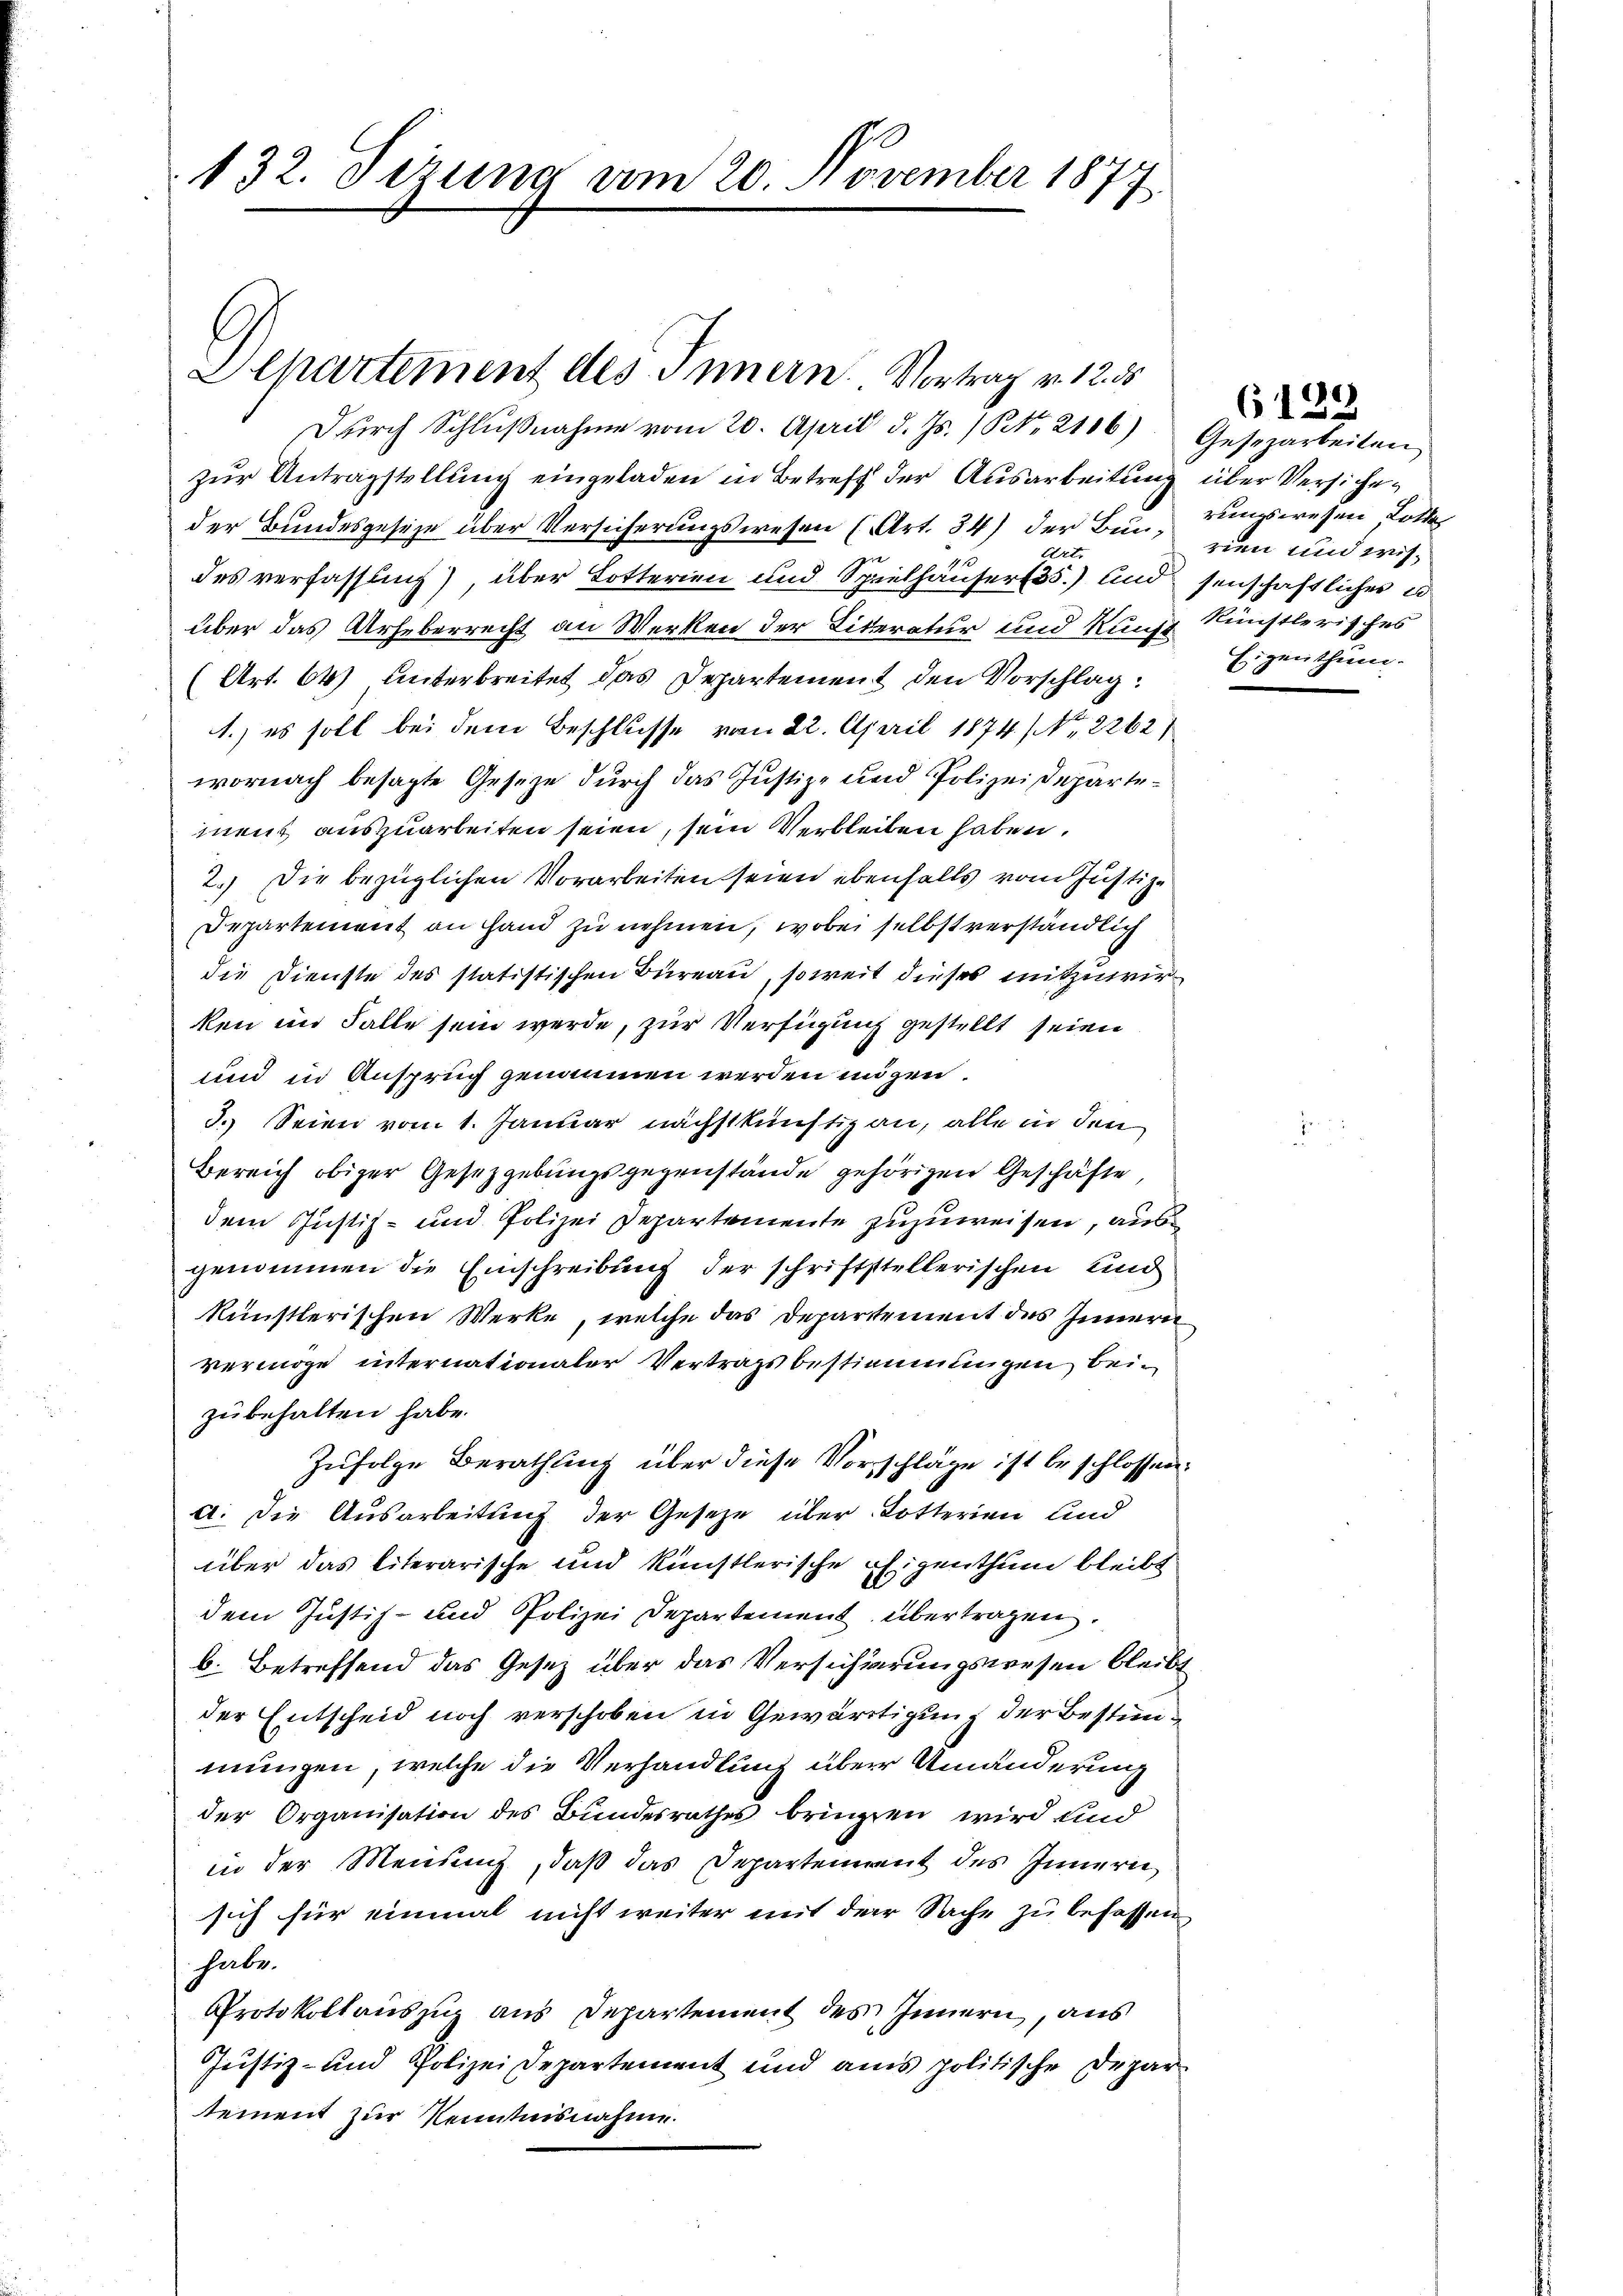
132. Sizung vom 20. November 1877

Departement des Innern. Vortrag v. 1255
Durch Schlŭβnahme vom 20. April d. Js. No. 2106)

zur Antragstellung eingeladen in Betreff der Ausarbeitung über Versicheder Bundesgeseze über Versicherungswesen (Art. 34) der Burrungswesen Lotte
Art.
des verfassung) über Lotterien und Spielhäuser35.) und senschaftliches u
über das Urheberrecht an Werken der Literatur und Kunz Künstlerisches
(Art. 64) unterbreitet das Departement den Vorschlag:
1.) es soll bei dem Beschlusse vom 22. April 1874. No. 2262
wornach besagte Gesetze durch das Justiz- und Polizeidepartement auszuarbeiten seien, sein Verbleiben haben.
2.) Die bezüglichen Vorarbeiten seien ebenfalls vom Justiz-
Departement an Hand zu nehmen, wobei selbst verständlich
die Dienste des statistischen Büreau, soweit dieses mitzuwirken im Falle sein werde, zur Verfügung gestellt seien
und in Anspruch genommen werden mögen.
3. Seien vom 1. Januar nächstkünstig an, alle in den
Bereich obiger Gesetzgebungsgegenstände gehörigen Geschäfte,
dem Justiz- und Polizei Departemente zuzuweisen, aus
genommen die Einschreibung der schriftstellerischen und
künstlerischen Werke, welche das Departement des Innern
vermöge internationaler Vertragsbestimmungen beizubehalten habe.
Zufolge Berathung über diese Vorschläge ist beschlossen.
d. Die Ausarbeitung der Gesetze über Dotterien und
über das literarische und künstlerische Eigenthum bleibt
dem Justiz- und Polizei Departement übertragen.
b. Betreffend das Gesetz über das Versicherungswesen bleibt
der Entscheid noch verschoben in Gewärtigung der Bestimmungen, welche die Verhandlung über Umänderung
der Organisation des Bundesrathes bringen wird und
in der Mensung, daß das Departement des Innern
sich für einmal nicht weiter mit der Sache zu befassen.
habe.
Protokollauszug aus Departement des Innern, aus
Justiz- und Polizei Departement und aus politische Depar
tement zur Kenntnisnahme.

(122
Gesezarbeiten
rien und wis¬
Eigenthum.